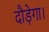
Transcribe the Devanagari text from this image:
दौड़ेगा।